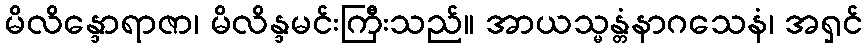
မိလိန္ဒောရာဇာ၊ မိလိန္ဒမင်းကြီးသည်။ အာယသ္မန္တံနာဂသေနံ၊ အရှင်